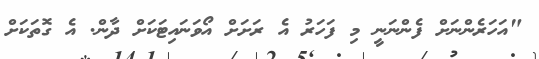
"އަހަރެންނަށް ފެންނަނީ މި ފަހަރު އެ ރަށަށް އޯވަނައިޓަކަށް ދާން. އެ ގޮތަކަށް